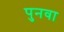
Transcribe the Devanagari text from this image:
पुनवा